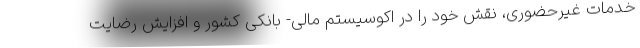
خدمات غیرحضوری، نقش خود را در اکوسیستم مالی- بانکی کشور و افزایش رضایت